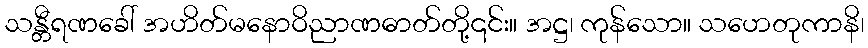
သန္တီရဏခေါ် အဟိတ်မနောဝိညာဏဓာတ်တို့၎င်း။ အဋ္ဌ၊ ကုန်သော။ သဟေတုကာနိ၊